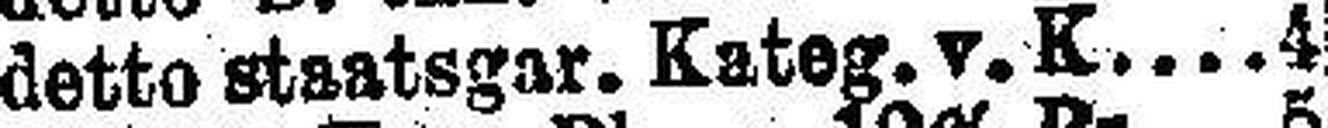
detto staatsgar. Kateg. v. K 4